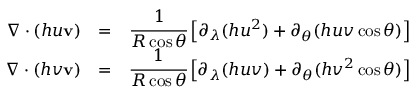
\begin{array} { r l r } { \nabla \cdot ( h u \mathbf { v } ) } & { = } & { \cfrac { 1 } { R \cos \theta } \left[ \partial _ { \lambda } ( h u ^ { 2 } ) + \partial _ { \theta } ( h u v \cos \theta ) \right] } \\ { \nabla \cdot ( h v \mathbf { v } ) } & { = } & { \cfrac { 1 } { R \cos \theta } \left[ \partial _ { \lambda } ( h u v ) + \partial _ { \theta } ( h v ^ { 2 } \cos \theta ) \right] } \end{array}